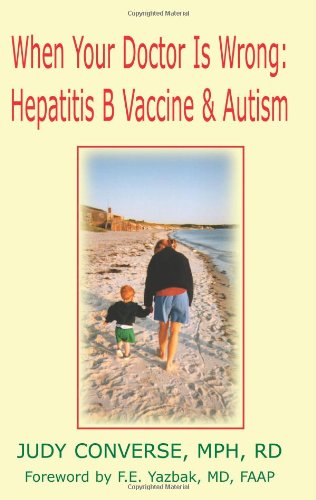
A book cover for When Your Doctor is Wrong: Hepatitis B Vaccine & Autism; Judy Converse MPHRD; Health, Fitness & Dieting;